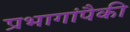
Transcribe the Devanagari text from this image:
प्रभागांपैकी